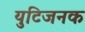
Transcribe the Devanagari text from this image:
युटिजनक